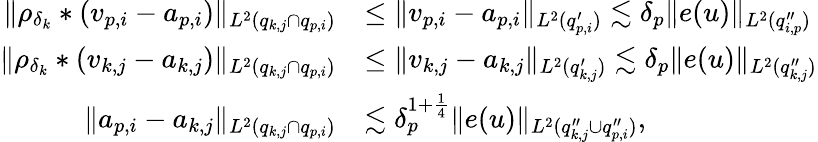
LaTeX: \begin{array}{rl}{\Vert\rho_{\delta_{k}}*(v_{p,i}-a_{p,i})\Vert_{L^{2}(q_{k,j}\cap q_{p,i})}}&{\leq\Vert v_{p,i}-a_{p,i}\Vert_{L^{2}(q_{p,i}^{\prime})}\lesssim\delta_{p}\Vert e(u)\Vert_{L^{2}(q_{i,p}^{\prime\prime})}}\\ {\Vert\rho_{\delta_{k}}*(v_{k,j}-a_{k,j})\Vert_{L^{2}(q_{k,j}\cap q_{p,i})}}&{\leq\Vert v_{k,j}-a_{k,j}\Vert_{L^{2}(q_{k,j}^{\prime})}\lesssim\delta_{p}\Vert e(u)\Vert_{L^{2}(q_{k,j}^{\prime\prime})}}\\ {\Vert a_{p,i}-a_{k,j}\Vert_{L^{2}(q_{k,j}\cap q_{p,i})}}&{\lesssim\delta_{p}^{1+\frac{1}{4}}\Vert e(u)\Vert_{L^{2}(q_{k,j}^{\prime\prime}\cup q_{p,i}^{\prime\prime})},}\end{array}